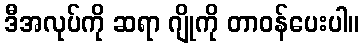
ဒီအလုပ်ကို ဆရာ ဂျိုကို တာဝန်ပေးပါ။